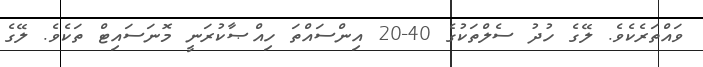
ވައްތަރެކެވެ. ލޭގެ ހުދު ސެލްތަކުގެ 40-20 އިންސައްތަ ހިއްޞާކުރަނީ މޮނަސައިޓް ތަކެވެ. ލޭގެ